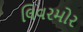
લિવરમોર